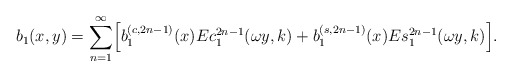
\begin{align*}b_1(x,y)=\sum_{n=1}^{\infty}\Bigl[b_1^{(c,2n-1)}(x)Ec_1^{2n-1}(\omega y,k)+b_1^{(s,2n-1)}(x)Es_1^{2n-1}(\omega y,k)\Bigr].\end{align*}